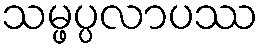
သမ္ဖပ္ပလာပဿ